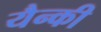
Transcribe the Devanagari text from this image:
यैन्की